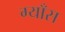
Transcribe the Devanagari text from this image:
ग्याँस